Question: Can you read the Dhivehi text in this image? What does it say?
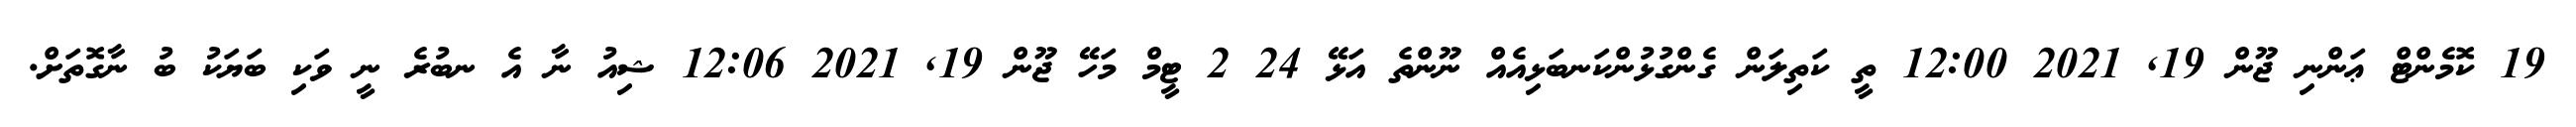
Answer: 19 ކޮމެންޓް ޢަންނި ޖޫން 19, 2021 12:00 ތީ ކަތިލަން ގެންގުޅުންކަނބަޅިއެއް ނޫންތެ އަޅޭ 24 2 ޓީމް މަހޭ ޖޫން 19, 2021 12:06 ޝިއު ނާ އެ ނބުރެ ނީ ވަކި ބަޔަކު ބު ނާގޮތަށް.